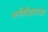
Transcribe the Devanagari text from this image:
वर्गणीदारांना